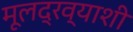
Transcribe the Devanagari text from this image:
मूलद्रव्याशी